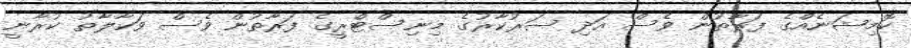
ކޮމިޝަނެއްގެ ފަރާތުން ވެސް އަދި ސަރުކާރުގެ މިނިސްޓްރީގެ ފަރާތުން ވެސް ވަކާލާތު ކުރާނީ